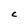
Character: C